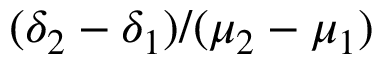
( \delta _ { 2 } - \delta _ { 1 } ) / ( \mu _ { 2 } - \mu _ { 1 } )